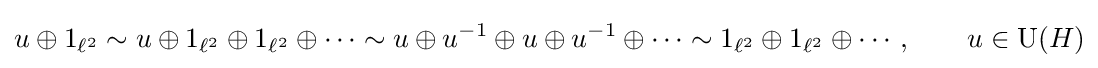
u\oplus 1_{\ell ^{2}}\sim u\oplus 1_{\ell ^{2}}\oplus 1_{\ell ^{2}}\oplus \cdots \sim u\oplus u^{-1}\oplus u\oplus u^{-1}\oplus \cdots \sim 1_{\ell ^{2}}\oplus 1_{\ell ^{2}}\oplus \cdots ,\qquad u\in {\rm {U}}(H)